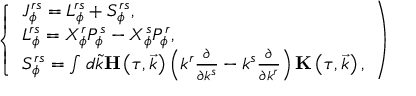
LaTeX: \left\{ \begin{array} { l } { { J _ { \phi } ^ { r s } = L _ { \phi } ^ { r s } + S _ { \phi } ^ { r s } , } } \\ { { L _ { \phi } ^ { r s } = X _ { \phi } ^ { r } P _ { \phi } ^ { s } - X _ { \phi } ^ { s } P _ { \phi } ^ { r } , } } \\ { { S _ { \phi } ^ { r s } = \int d \tilde { k } { \bf H } \left( \tau , \vec { k } \right) \left( k ^ { r } \frac \partial { \partial k ^ { s } } - k ^ { s } \frac \partial { \partial k ^ { r } } \right) { \bf K } \left( \tau , \vec { k } \right) , } } \end{array} \right)